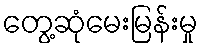
တွေ့ဆုံမေးမြန်းမှု